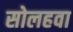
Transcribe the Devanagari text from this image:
सोलहवा